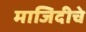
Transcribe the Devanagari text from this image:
माजिदीचे